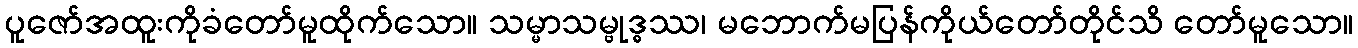
ပူဇော်အထူးကိုခံတော်မူထိုက်သော။ သမ္မာသမ္ဗုဒ္ဓဿ၊ မဘောက်မပြန်ကိုယ်တော်တိုင်သိ တော်မူသော။